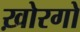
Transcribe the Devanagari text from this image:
ख़ोरगो